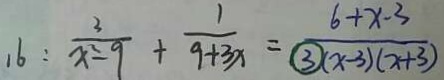
1 6 : \frac { 3 } { x ^ { 2 } - 9 } + \frac { 1 } { 9 + 3 x } = \frac { 6 + x - 3 } { \textcircled { 3 } ( x - 3 ) ( x + 3 ) }